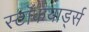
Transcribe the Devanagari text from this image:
स्टॉकयार्ड्स